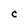
Character: C